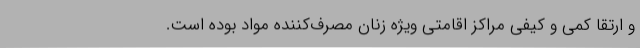
و ارتقا کمی و کیفی مراکز اقامتی ویژه زنان مصرف‌کننده مواد بوده است.